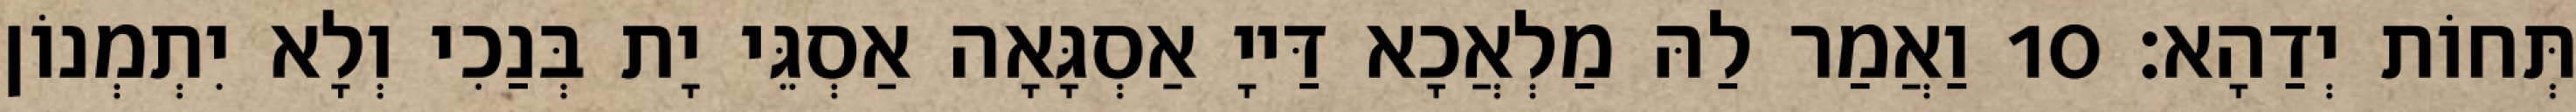
תְּחוֹת יְדַהָא׃ 10 וַאֲמַר לַהּ מַלְאֲכָא דַּייָ אַסְגָּאָה אַסְגֵּי יָת בְּנַכִי וְלָא יִתְמְנוֹן